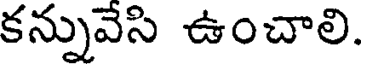
కన్నువెసి ఉంచాలి.